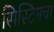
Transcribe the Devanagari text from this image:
सिस्टिमचा